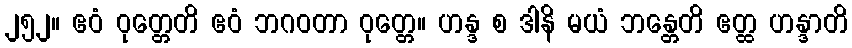
၂၅၂။ ဧဝံ ဝုတ္တေတိ ဧဝံ ဘဂဝတာ ဝုတ္တေ။ ဟန္ဒ စ ဒါနိ မယံ ဘန္တေတိ ဧတ္ထ ဟန္ဒာတိ